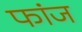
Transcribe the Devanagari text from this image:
फांज